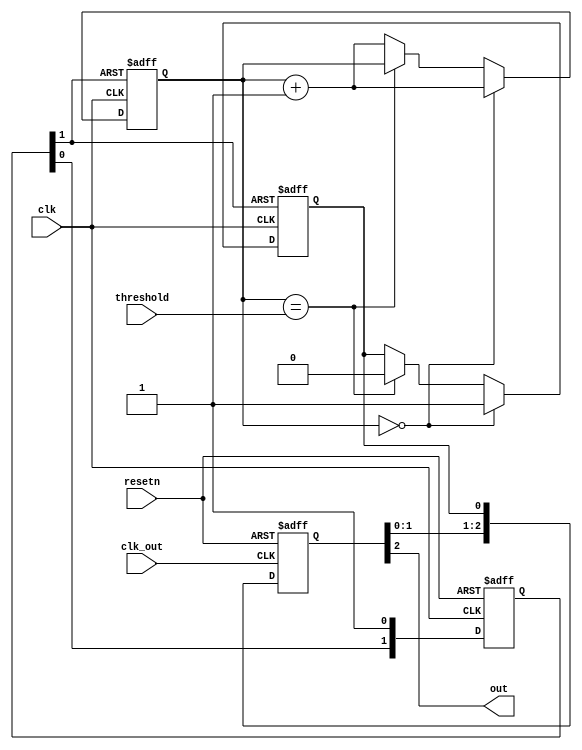
`timescale 1ns/1ps

module counter
(
	input           resetn,

	input           clk,
	input  [ 31:0]  threshold,
	input           clk_out,
	output          out
);

	reg [ 1:0] resetn_reg;
	reg [31:0] num;
	reg        out_reg;
	reg [2:0]  out_reg_ok;

	assign out = out_reg_ok[2];

	always @(posedge clk or negedge resetn)
	begin
		if (!resetn)begin
			resetn_reg[1:0] <= 2'b00;
		end else begin
			resetn_reg[0] <= 1;
			resetn_reg[1] <= resetn_reg[0];
		end
	end


	always @(posedge clk or negedge resetn_reg[1])
	begin
		if (!resetn_reg[1])begin
			out_reg <= 0;	
			num <= 0;
		end else begin
			if (num == 0) begin
				out_reg <= 1;
				num <= num +1;
			end else if (num == threshold)begin
				out_reg <= 0;
			end else begin
				num <= num +1;
			end
		end
	end

	always @(posedge clk_out or negedge resetn)
	begin
		if (!resetn)begin
			out_reg_ok[2:0] <= 3'h0;
		end else begin
			out_reg_ok[2:0] <= {out_reg_ok[1:0], out_reg};
		end
	end
	
endmodule